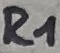
Text: R1